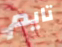
تايم